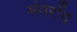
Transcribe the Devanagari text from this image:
मंगराँव